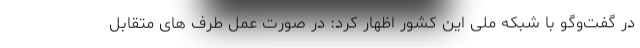
در گفت‌وگو با شبکه ملی این کشور اظهار کرد: در صورت عمل طرف های متقابل